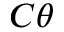
C \theta